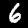
Digit: 6